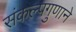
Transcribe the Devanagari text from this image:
संकल्पगुणाने